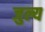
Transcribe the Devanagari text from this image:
जुल्य